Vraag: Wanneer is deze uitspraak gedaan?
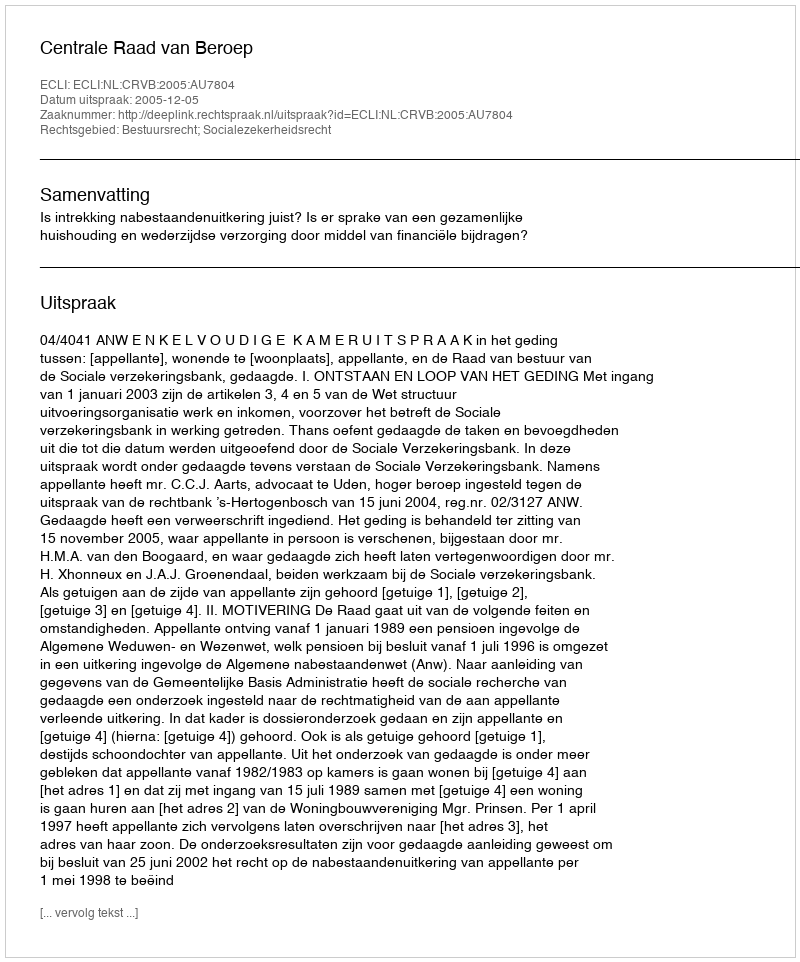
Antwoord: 2005-12-05